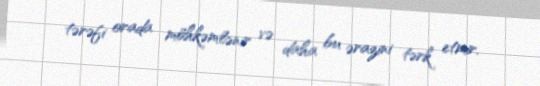
tərəfi orada möhkəmlənir və daha bu ərazini tərk etmir.